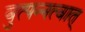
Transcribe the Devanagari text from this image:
वुत्पन्नत्वात्